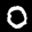
Label: 0